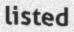
listed